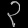
Digit: ၃